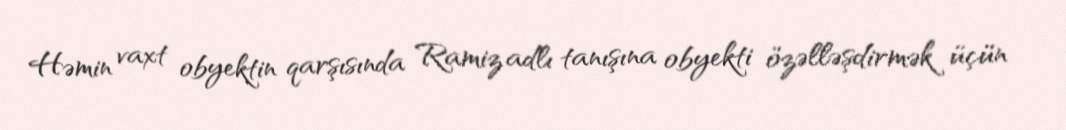
Həmin vaxt obyektin qarşısında Ramiz adlı tanışına obyekti özəlləşdirmək üçün